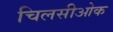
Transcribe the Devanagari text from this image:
चिलसीओक